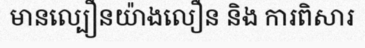
មានល្បឿនយ៉ាងលឿន និង ការពិសារ